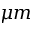
\mu m